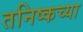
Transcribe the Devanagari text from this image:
तनिष्कच्या